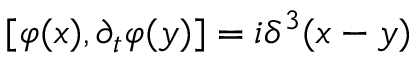
[ \varphi ( x ) , \partial _ { t } \varphi ( y ) ] = i \delta ^ { 3 } ( x - y )